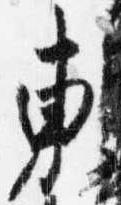
東